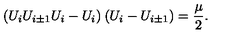
( U _ { i } U _ { i \pm 1 } U _ { i } - U _ { i } ) \: ( U _ { i } - U _ { i \pm 1 } ) = \frac { \mu } { 2 } .